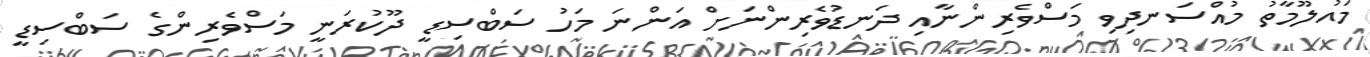
މައުލޫމާތު މުއްސަނދިވި މަސްވެރިންނާއި ދަނޑުވެރިންނަށް އަންނަ މަހު ސަބްސިޑީ ދޫކުރަނީ މަސްވެރިންގެ ސަބްސިޑީ